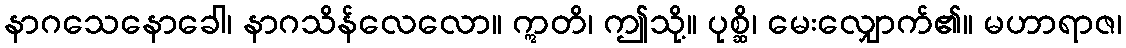
နာဂသေနောခေါ၊ နာဂသိန်လေလော။ ဣတိ၊ ဤသို့။ ပုစ္ဆိ၊ မေးလျှောက်၏။ မဟာရာဇ၊